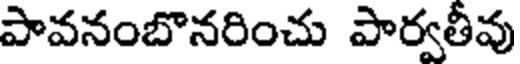
పావనంబొనరించు పార్వతీవు